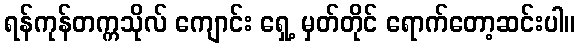
ရန်ကုန်တက္ကသိုလ် ကျောင်း ရှေ့ မှတ်တိုင် ရောက်တော့ဆင်းပါ။